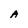
Character: A